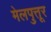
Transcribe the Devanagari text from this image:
मेलपुत्तूर